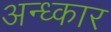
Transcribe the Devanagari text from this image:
अन्ध्कार